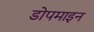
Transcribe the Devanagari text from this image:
डोपमाइन